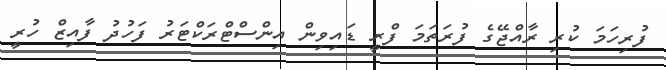
ފުރިހަމަ ކުރި ރާއްޖޭގެ ފުރަތަމަ ފްރީ ޑައިވިން އިންސްޓްރަކްޓަރު ފަހުދު ފާއިޒް ހުރީ